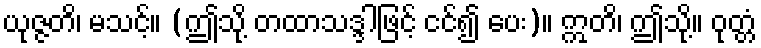
ယုဇ္ဇတိ၊ မသင့်။ (ဤသို့ တထာသဒ္ဒါဖြင့် ငင်၍ ပေး)။ ဣတိ၊ ဤသို့။ ဝုတ္တံ